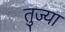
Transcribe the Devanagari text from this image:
तुज्या